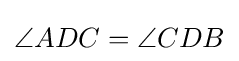
\angle ADC=\angle CDB